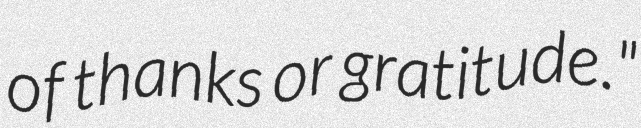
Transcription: of thanks or gratitude."